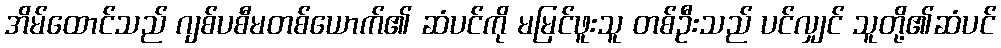
အိမ်ထောင်သည် ဂျစ်ပစီမတစ်ယောက်၏ ဆံပင်ကို မမြင်ဖူးသူ တစ်ဦးသည် ပင်လျှင် သူတို့၏ဆံပင်